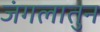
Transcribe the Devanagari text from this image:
जंगलातुन